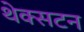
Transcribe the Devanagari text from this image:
थेक्सटन